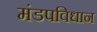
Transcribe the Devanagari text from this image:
मंडपविधान